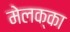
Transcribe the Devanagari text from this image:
मेलक्का